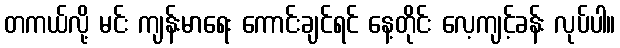
တကယ်လို့ မင်း ကျန်းမာရေး ကောင်းချင်ရင် နေ့တိုင်း လေ့ကျင့်ခန်း လုပ်ပါ။